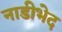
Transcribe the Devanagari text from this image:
नाडीभेद